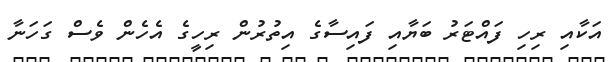
އަކާއި ރިހި ފައްޓަރު ބަޔާއި ފައިސާގެ އިތުރުން ރިހީގެ އެހެން ވެސް ގަހަނާ